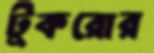
টুকরোর